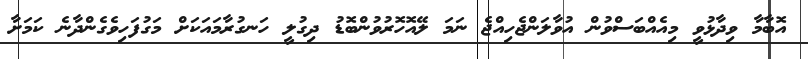
އޮބާމާ ވިދާޅުވީ މިއެއްބަސްވުން އުވާލަންޖެހިއްޖެ ނަމަ ލޭއޮހޮރުވުންބޮޑު ދިގުލީ ހަނގުރާމައަކަށް މަގުފަހިވެގެންދާނެ ކަމަށާ